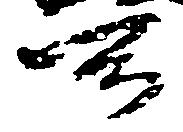
所